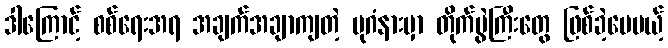
ဒါကြောင့် စစ်ရေးအရ အချက်အချာကျတဲ့ ပုဂံနားမှာ တိုက်ပွဲကြီးတွေ ဖြစ်ခဲ့ပေမယ့်